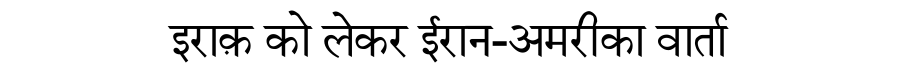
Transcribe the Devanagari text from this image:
इराक़ को लेकर ईरान-अमरीका वार्ता